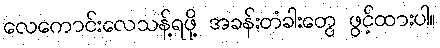
လေကောင်းလေသန့်ရဖို့ အခန်းတံခါးတွေ ဖွင့်ထားပါ။